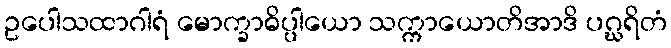
ဥပေါသထာဂါရံ မောက္ခာဓိပ္ပါယော သက္ကာယောတိအာဒိ ပဂ္ဃရိတံ